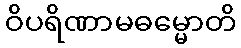
ဝိပရိဏာမဓမ္မောတိ